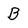
Character: B